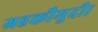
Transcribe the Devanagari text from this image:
ग्रहकौमुदी।